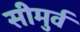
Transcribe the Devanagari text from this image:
सीमुर्व